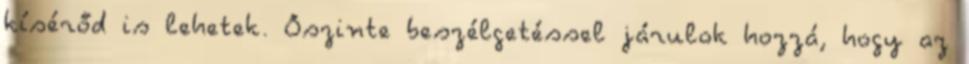
kísérőd is lehetek. Őszinte beszélgetéssel járulok hozzá, hogy az